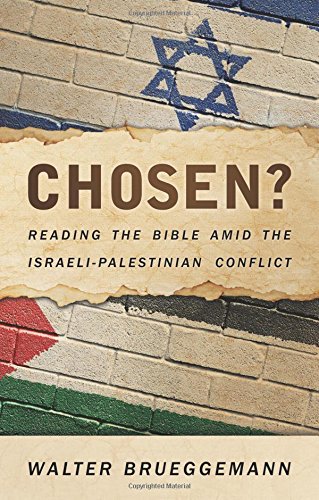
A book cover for Chosen?: Reading the Bible Amid the Israeli-Palestinian Conflict; Walter Brueggemann; History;